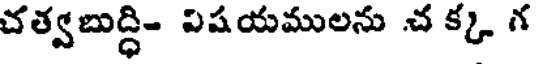
చత్వబుద్ధి- విషయములను చ క్క గ